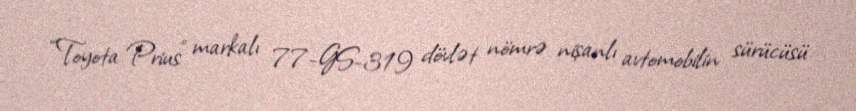
“Toyota Prius” markalı 77-GS-319 dövlət nömrə nişanlı avtomobilin sürücüsü